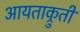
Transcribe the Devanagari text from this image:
आयताक्रुती